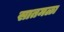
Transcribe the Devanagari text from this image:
सातमळा